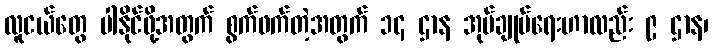
လူငယ်တွေ ပါနိုင်ဖို့အတွက် စွက်ဖက်တဲ့အတွက် ၁၄ ဌာန အုပ်ချုပ်ရေးဟာလည်း ၉ ဌာန၊